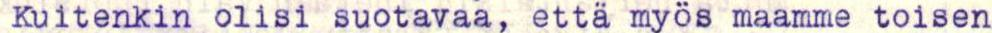
Kuitenkin olisi suotavaa, että myös maamme toisen